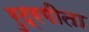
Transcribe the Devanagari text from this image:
रुद्रगीता